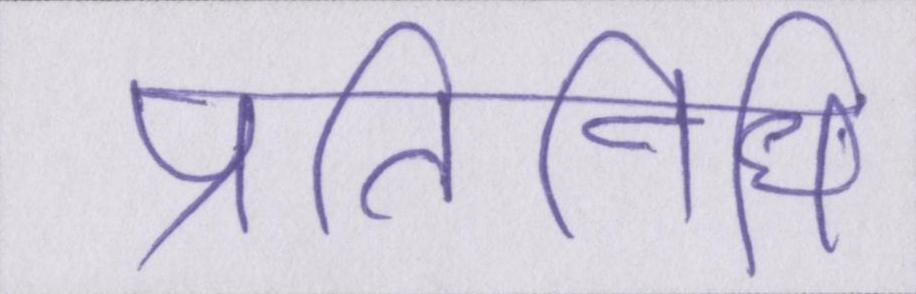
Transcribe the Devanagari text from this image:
प्रतिनिधि